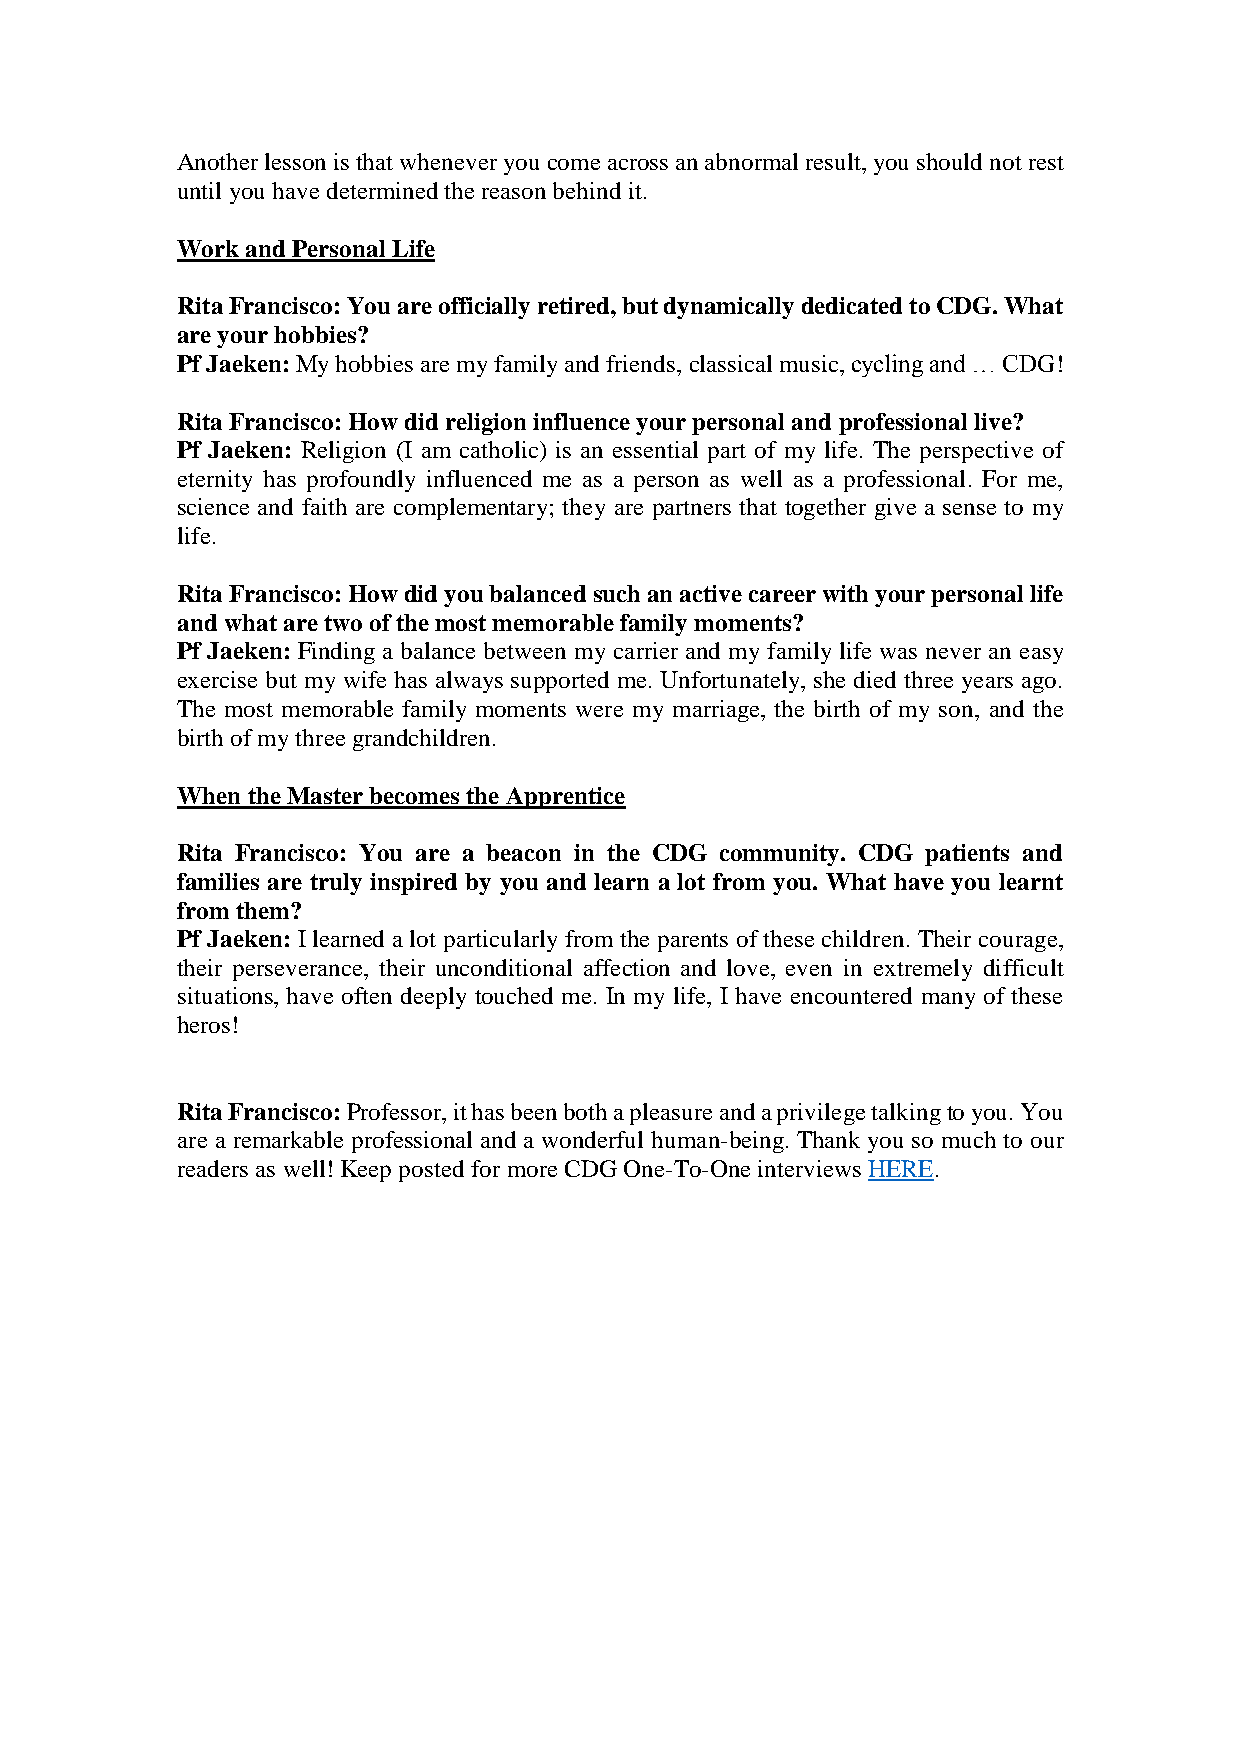
Another lesson is that whenever you come across an abnormal result, you should not rest
 until you have determined the reason behind it.
 Work and Personal Life
 Rita Francisco: You are officially retired, but dynamically dedicated to CDG. What
 are your hobbies?
 Pf Jaeken: My hobbies are my family and friends, classical music, cycling and … CDG!
 Rita Francisco: How did religion influence your personal and professional live?
 Pf Jaeken: Religion (I am catholic) is an essential part of my life. The perspective of
 eternity has profoundly influenced me as a person as well as a professional. For me,
 science and faith are complementary; they are partners that together give a sense to my
 life.
 Rita Francisco: How did you balanced such an active career with your personal life
 and what are two of the most memorable family moments?
 Pf Jaeken: Finding a balance between my carrier and my family life was never an easy
 exercise but my wife has always supported me. Unfortunately, she died three years ago.
 The most memorable family moments were my marriage, the birth of my son, and the
 birth of my three grandchildren.
 When the Master becomes the Apprentice
 Rita Francisco: You are a beacon in the CDG community. CDG patients and
 families are truly inspired by you and learn a lot from you. What have you learnt
 from them?
 Pf Jaeken: I learned a lot particularly from the parents of these children. Their courage,
 their perseverance, their unconditional affection and love, even in extremely difficult
 situations, have often deeply touched me. In my life, I have encountered many of these
 heros!
 Rita Francisco: Professor, it has been both a pleasure and a privilege talking to you. You
 are a remarkable professional and a wonderful human-being. Thank you so much to our
 readers as well! Keep posted for more CDG One-To-One interviews HERE.